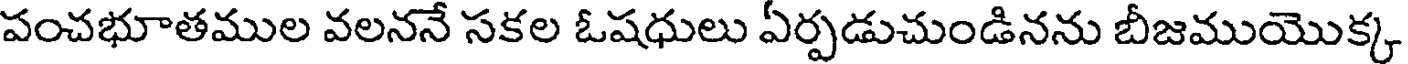
పంచభూతముల వలననే సకల ఓషధులు ఏర్పడుచుండినను బీజముయొక్క